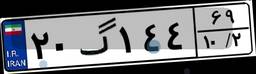
۷۱گ۱۶۷۱۴